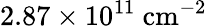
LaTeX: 2.87\times 10^{11}~\mathrm{{cm}^{-2}}